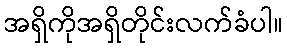
အရှိကိုအရှိတိုင်းလက်ခံပါ။